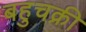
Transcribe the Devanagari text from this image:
बहुचक्री